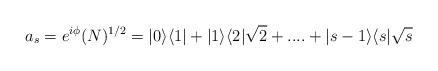
LaTeX: \begin{align*}a_{s}=e^{i\phi}(N)^{1/2}=|0\rangle\langle 1| + |1\rangle\langle 2|\sqrt{2} + .... + |s-1\rangle\langle s|\sqrt{s}\end{align*}